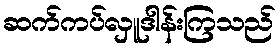
ဆက်ကပ်လှူဒါန်းကြသည်